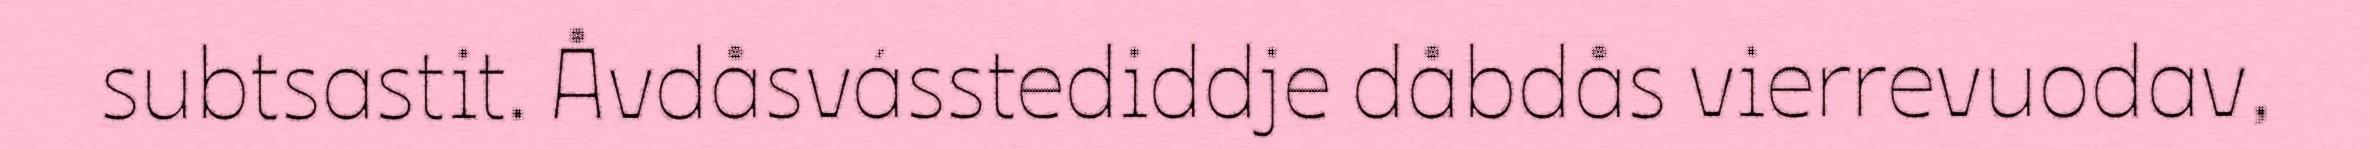
subtsastit. Åvdåsvásstediddje dåbdås vierrevuodav,